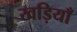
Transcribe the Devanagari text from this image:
खड़ियाँ